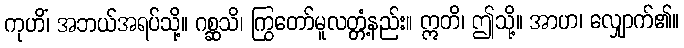
ကုဟိံ၊ အဘယ်အရပ်သို့။ ဂစ္ဆသိ၊ ကြွတော်မူလတ္တံ့နည်း။ ဣတိ၊ ဤသို့။ အာဟ၊ လျှောက်၏။